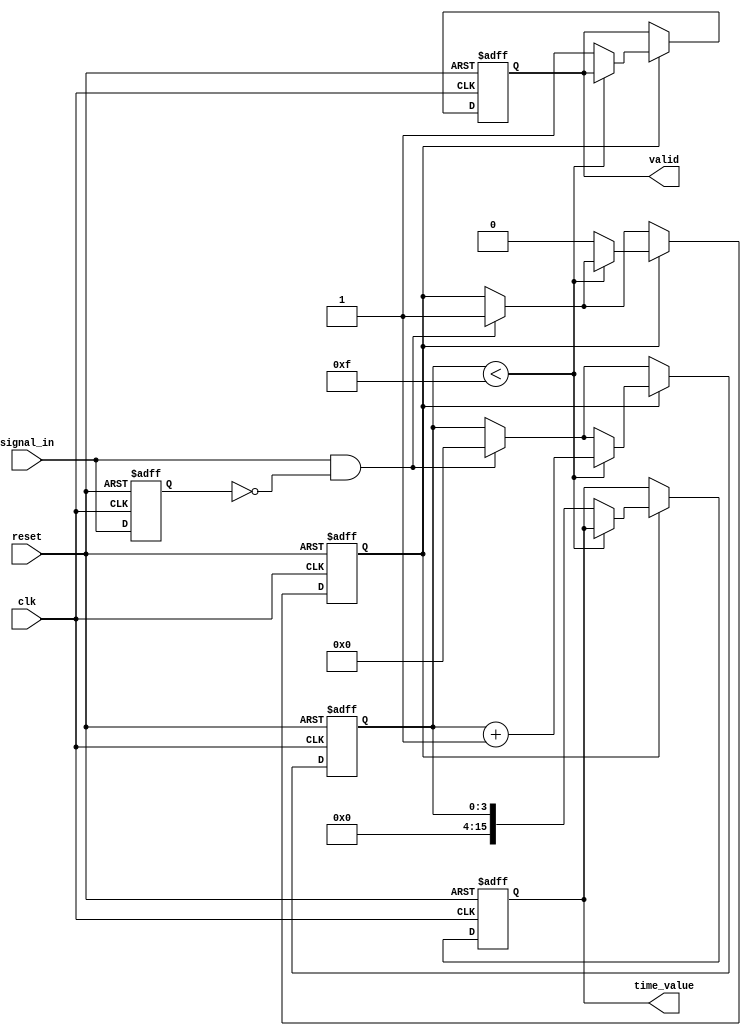
module TDC (
    input wire clk,                // System clock
    input wire reset,              // Reset signal
    input wire signal_in,          // Input signal to be measured
    output reg [15:0] time_value,  // Output time value (16-bit)
    output reg valid               // Signal to indicate valid output
);

    // Parameters for the delay line
    parameter DELAY_COUNT = 16;    // Number of delay taps
    reg [DELAY_COUNT-1:0] delay_line; // Delay line registers
    reg [3:0] tap_count;           // Tap index for counting
    reg signal_prev;               // Previous signal state for edge detection
    reg counting;                  // Flag to indicate counting state

    // Edge detection comparator
    always @(posedge clk or posedge reset) begin
        if (reset) begin
            signal_prev <= 1'b0;
            counting <= 1'b0;
            tap_count <= 0;
            time_value <= 0;
            valid <= 1'b0;
        end else begin
            // Detect rising edge
            if (signal_in && !signal_prev) begin
                counting <= 1'b1; // Start counting
                tap_count <= 0;   // Reset tap count
            end

            // If counting is active, increment the tap count
            if (counting) begin
                if (tap_count < DELAY_COUNT - 1) begin
                    tap_count <= tap_count + 1;
                end else begin
                    time_value <= tap_count; // Capture time value when counting stops
                    valid <= 1'b1;           // Mark output as valid
                    counting <= 1'b0;        // Stop counting
                end
            end

            // Store the current signal value for edge detection
            signal_prev <= signal_in;
        end
    end

    // Delay line generation (for simulation purposes)
    always @(posedge clk) begin
        if (counting) begin
            delay_line <= {delay_line[DELAY_COUNT-2:0], signal_in}; // Shift in the signal
        end
    end

endmodule